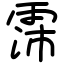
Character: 霈